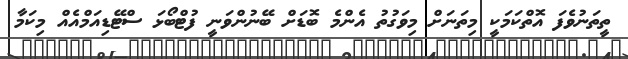
ތީތަނުވެފަ އޮތްކަމަކީ މިތަނަށް މިވަގުތު އެންމެ ބޮޑަށް ބޭނުންވަނީ ފުޓްބޯޅަ ސްޓޭޑިއަމްއެއްް މިކަމާ